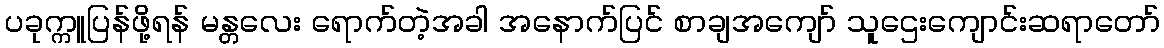
ပခုက္ကူပြန်ဖို့ရန် မန္တလေး ရောက်တဲ့အခါ အနောက်ပြင် စာချအကျော် သူဌေးကျောင်းဆရာတော်